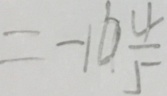
= - 1 6 \frac { 4 } { 5 }